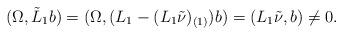
LaTeX: \begin{align*}(\Omega,\tilde{L}_1b)=(\Omega,(L_1-(L_1\tilde{\nu})_{(1)})b)=(L_1\tilde{\nu},b)\neq 0. \end{align*}